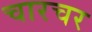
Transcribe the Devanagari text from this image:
चारचर